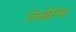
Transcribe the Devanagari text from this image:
लिबेरिया